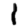
Digit: 1